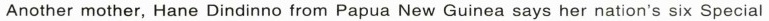
Another mother, Hane Dindinno from Papua New Guineasays her nation's six Special